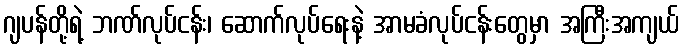
ဂျပန်တို့ရဲ့ ဘဏ်လုပ်ငန်း၊ ဆောက်လုပ်ရေးနဲ့ အာမခံလုပ်ငန်းတွေမှာ အကြီးအကျယ်